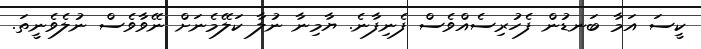
ކީސަ އަމާ ބަނޑުން ފެހުރިސެއްވެސް ފެނިފާނެ. ޔާމިނާ ނުލާ ކަލޭމެނަށް ނޭވާވެސް ނުލެވެނީތަ.